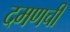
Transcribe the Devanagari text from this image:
दमणची